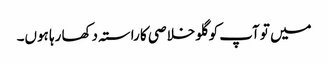
میں تو آپ کو گلو خلاصی کا راستہ دکھا رہا ہوں۔